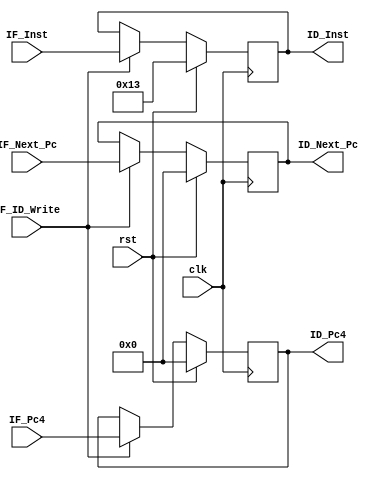
module IF_ID(
    input clk, rst, IF_ID_Write,
    input [31:0] IF_Inst, IF_Next_Pc, IF_Pc4,
    output reg [31:0] ID_Inst, ID_Next_Pc, ID_Pc4   
    );
    
    //reg [31:0] Inst, Next_Pc;
    
    
    always @(posedge clk)
    begin
        if(rst)
        begin
                ID_Inst <= 32'b00000000000000000000000000010011;
                ID_Next_Pc <= 0;
                ID_Pc4 <= 0;
        end
        
        else
        begin
            if(IF_ID_Write == 1)
            begin
                ID_Inst <= IF_Inst;
                ID_Next_Pc <= IF_Next_Pc;
                ID_Pc4 <= IF_Pc4;
            end
        end
    end
    
    //assign ID_Inst = Inst;
    //assign ID_Next_Pc = Next_Pc;
    
endmodule